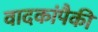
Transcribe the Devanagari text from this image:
वादकांपैकी